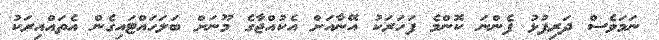
ނަމަވެސް ދަރިފުޅު ފެންނަ ކޮންމެ ފަހަރަކު އޭނާއަށް އެކުއްޖާގެ މޫނަށް ބަލަހައްޓައިގެން އެތައްއިރަކު